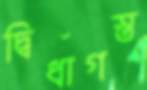
দ্বিধাগস্ত